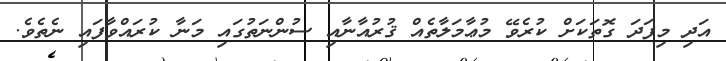
އަދި މިފަދަ ގޮތަކަށް ކުރެވޭ މުޢާމަލާތެއް ޤުރުއާނާއި ސުންނަތުގައި މަނާ ކުރައްވާފައި ނެތެވެ.